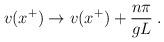
LaTeX: \begin{align*}v(x^+) \rightarrow v(x^+) + {{n\pi}\over{gL}}\;.\end{align*}